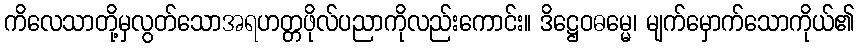
ကိလေသာတို့မှလွတ်သောအရဟတ္တဖိုလ်ပညာကိုလည်းကောင်း။ ဒိဋ္ဌေဝဓမ္မေ၊ မျက်မှောက်သောကိုယ်၏